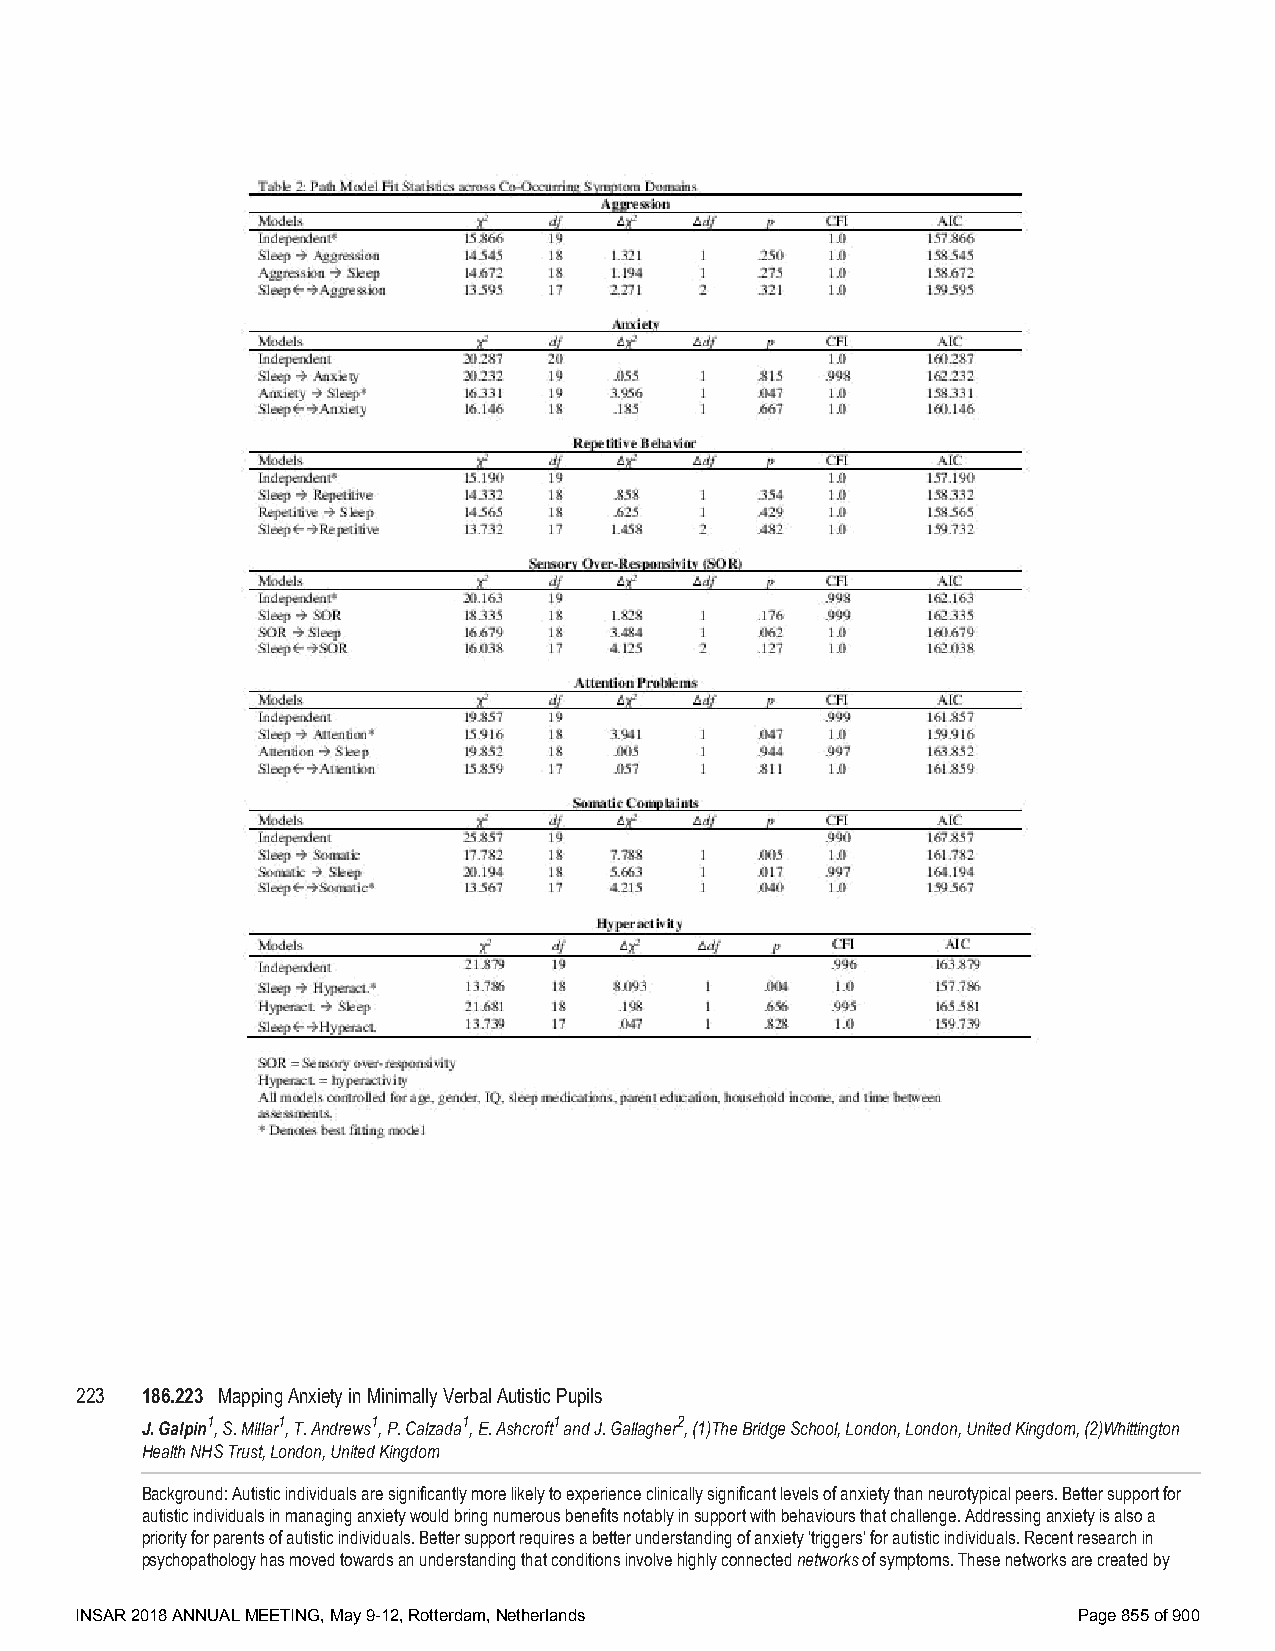
223 186.223 Mapping Anxiety in Minimally Verbal Autistic Pupils
 J. Galpin1, S. Millar1, T. Andrews1, P. Calzada1, E. Ashcroft1 and J. Gallagher2, (1)The Bridge School, London, London, United Kingdom, (2)Whittington
 Health NHS Trust, London, United Kingdom
 Background: Autistic individuals are significantly more likely to experience clinically significant levels of anxiety than neurotypical peers. Better support for
 autistic individuals in managing anxiety would bring numerous benefits notably in support with behaviours that challenge. Addressing anxiety is also a
 priority for parents of autistic individuals. Better support requires a better understanding of anxiety ‘triggers’ for autistic individuals. Recent research in
 psychopathology has moved towards an understanding that conditions involve highly connected networks of symptoms. These networks are created by
 INSAR 2018 ANNUAL MEETING, May 9-12, Rotterdam, Netherlands       Page 855 of 900